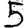
Digit: 5